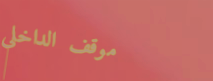
موقف الداخلي